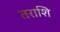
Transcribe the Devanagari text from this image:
तराशि